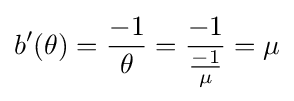
b'(\theta )={\frac {-1}{\theta }}={\frac {-1}{\frac {-1}{\mu }}}=\mu